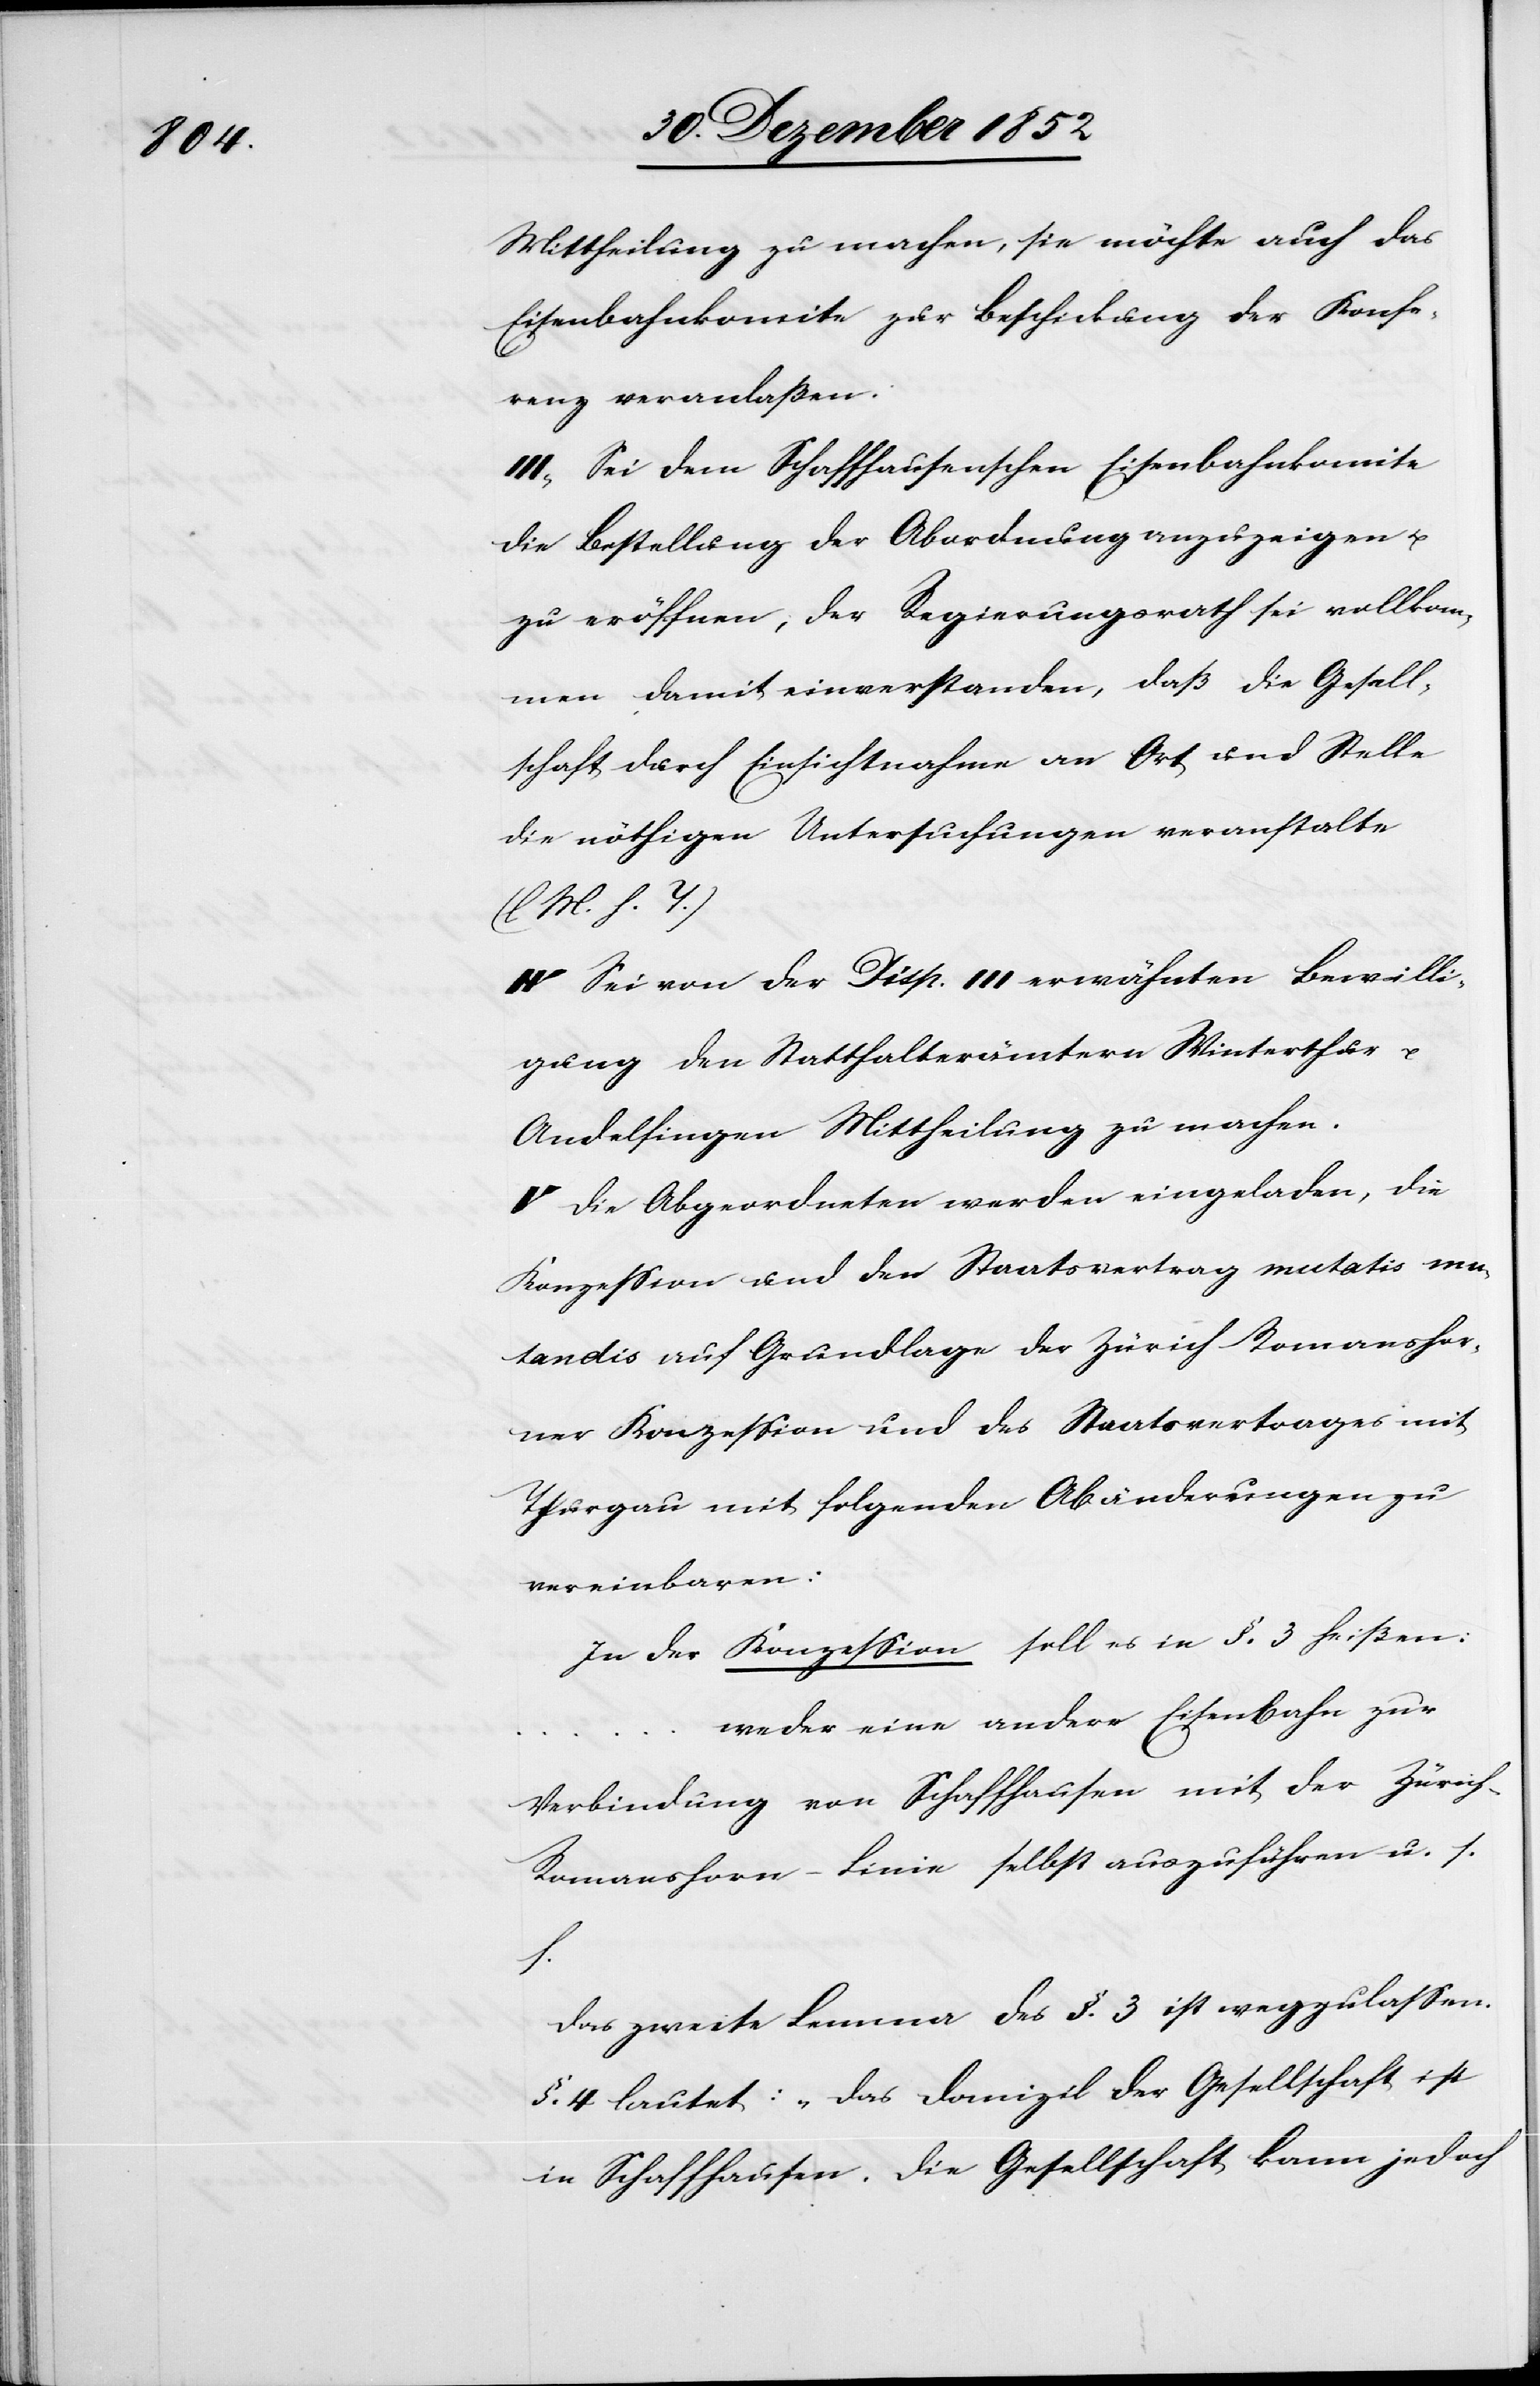
Mittheilung zu machen, sie möchte auch das
Eisenbahnkomite zur Beschickung der Konfe¬
renz veranlaßen.
III, Sei dem Schaffhausenschen Eisenbahnkomite
die Bestellung der Abordnung anzuzeigen u.
zu eröffnen, der Regierungsrath sei vollkom¬
men damit einverstanden, daß die Gesell¬
schaft durch Einsichtnahme an Ort und Stelle
die nöthigen Untersuchungen veranstalte
(l M. h. T.)
IV Sei von der Disp. III erwähnten Bewilli¬
gung den Statthalterämtern Winterthur
Andelfingen Mittheilung zu machen.
V Die Abgeordneten werden eingeladen, die
Konzession und den Staatsvertrag mutatis mu¬
tandis auf Grundlage der Zürich-Romanshor¬
ner Konzession und des Staatsvertrages mit
Thurgau mit folgenden Abänderungen zu
vereinbaren:
In der Konzession soll es in §. 3 heißen:
weder eine andere Eisenbahn zur
Verbindung von Schaffhausen mit der Züric¬
h-Romanshorn-Linie selbst auszuführen u. s.
f.
Das zweite Lemma des §. 3 ist wegzulassen.
§. 4 lautet: „Das Domizil der Gesellschaft ist
in Schaffhausen. Die Gesellschaft kann jedoch